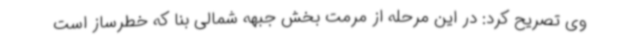
وی تصریح کرد: در این مرحله از مرمت بخش جبهه شمالی بنا که خطرساز است